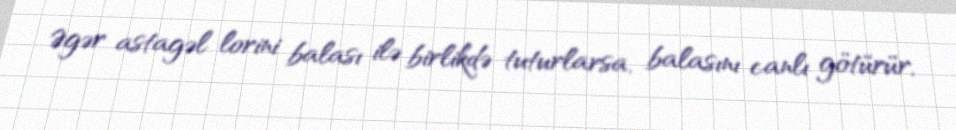
Əgər astagəl lorini balası ilə birlikdə tuturlarsa, balasını canlı götürür,